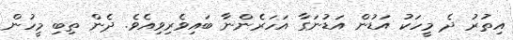
އިތުރު ދެ މީހަކު އަޑުން އަޑުނަގާ އަހަރެންނާ ބައިވެރިވިއެވެ. ދެން ތިބި މީހުން